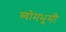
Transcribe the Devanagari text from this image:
व्योमभूमी